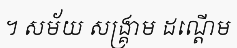
។ សម័យ សង្គ្រាម ដណ្តើម